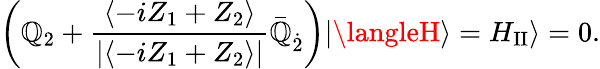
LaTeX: \left(\mathbb{Q}_{2}+\frac{{\langle-iZ_{1}+Z_{2}\rangle}}{{|\langle-iZ_{1}+Z_{2}\rangle|}}\bar{{\mathbb{Q}}}_{\dot{{2}}}\right)|\langleH\rangle=H_{\mathrm{{II}}}\rangle=0.